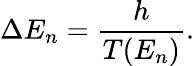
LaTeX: \Delta E_{n}={\frac{h}{T(E_{n})}}.